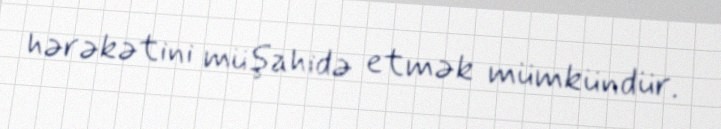
hərəkətini müşahidə etmək mümkündür.